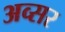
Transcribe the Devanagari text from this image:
अव्सर